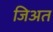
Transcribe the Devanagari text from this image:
जिअत